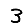
Digit: 3